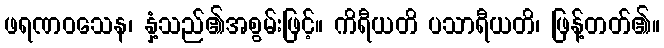
ဖရဏဝသေန၊ နှံ့သည်၏အစွမ်းဖြင့်။ ကိရီယတိ ပသာရီယတိ၊ ဖြန့်တတ်၏။